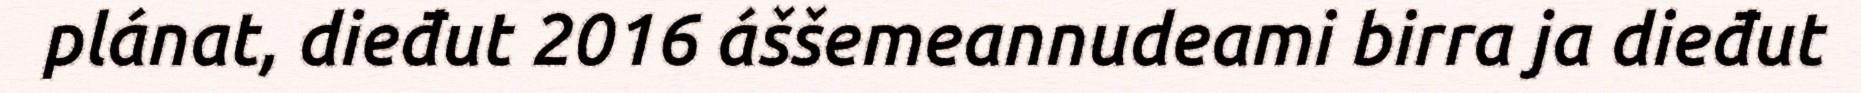
plánat, dieđut 2016 áššemeannudeami birra ja dieđut